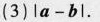
(3)$$| a - b |$$.